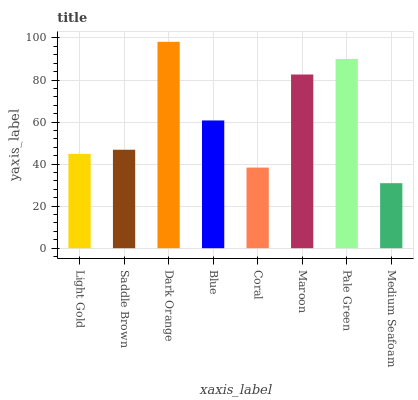
| xaxis_label | bars |
 | --- | --- |
 | Light Gold | 44.9 |
 | Saddle Brown | 46.8 |
 | Dark Orange | 98.2 |
 | Blue | 60.8 |
 | Coral | 38.4 |
 | Maroon | 82.6 |
 | Pale Green | 90 |
 | Medium Seafoam | 30.9 |